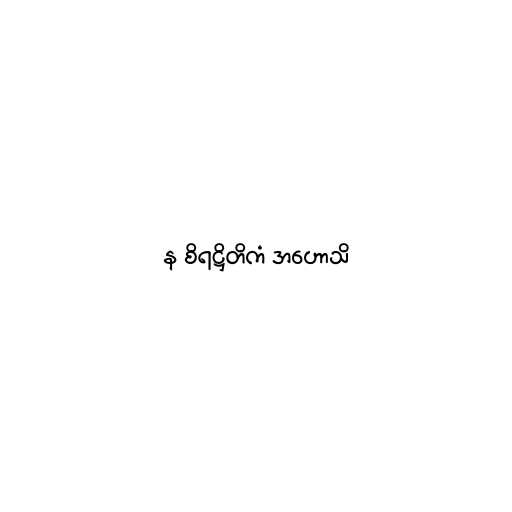
န စိရဋ္ဌိတိကံ အဟောသိ